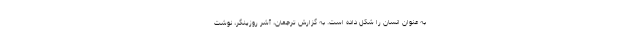
به عنوان انسان را شکل داده است. به گزارش ترجمان، آشر روزینگر، نوشت